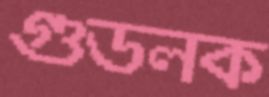
গুডলক